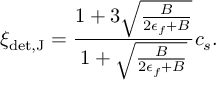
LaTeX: \xi _ { \mathrm { d e t , J } } = { \frac { 1 + 3 \sqrt { \frac { B } { 2 \epsilon _ { f } + B } } } { 1 + \sqrt { \frac { B } { 2 \epsilon _ { f } + B } } } } c _ { s } .